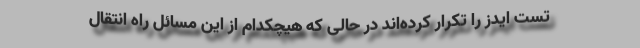
تست ایدز را تکرار کرده‌اند در حالی که هیچکدام از این مسائل راه انتقال